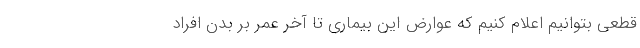
قطعی بتوانیم اعلام کنیم که عوارض این بیماری تا آخر عمر بر بدن افراد